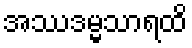
အဿဒမ္မသာရထိ